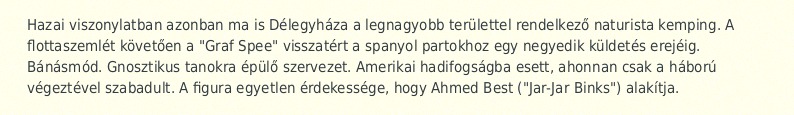
Hazai viszonylatban azonban ma is Délegyháza a legnagyobb területtel rendelkező naturista kemping. A flottaszemlét követően a "Graf Spee" visszatért a spanyol partokhoz egy negyedik küldetés erejéig. Bánásmód. Gnosztikus tanokra épülő szervezet. Amerikai hadifogságba esett, ahonnan csak a háború végeztével szabadult. A figura egyetlen érdekessége, hogy Ahmed Best ("Jar-Jar Binks") alakítja.